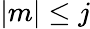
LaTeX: |m|\leq j